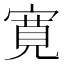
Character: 寛